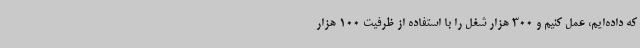
که داده‌ایم، عمل کنیم و 300 هزار شغل را با استفاده از ظرفیت 100 هزار